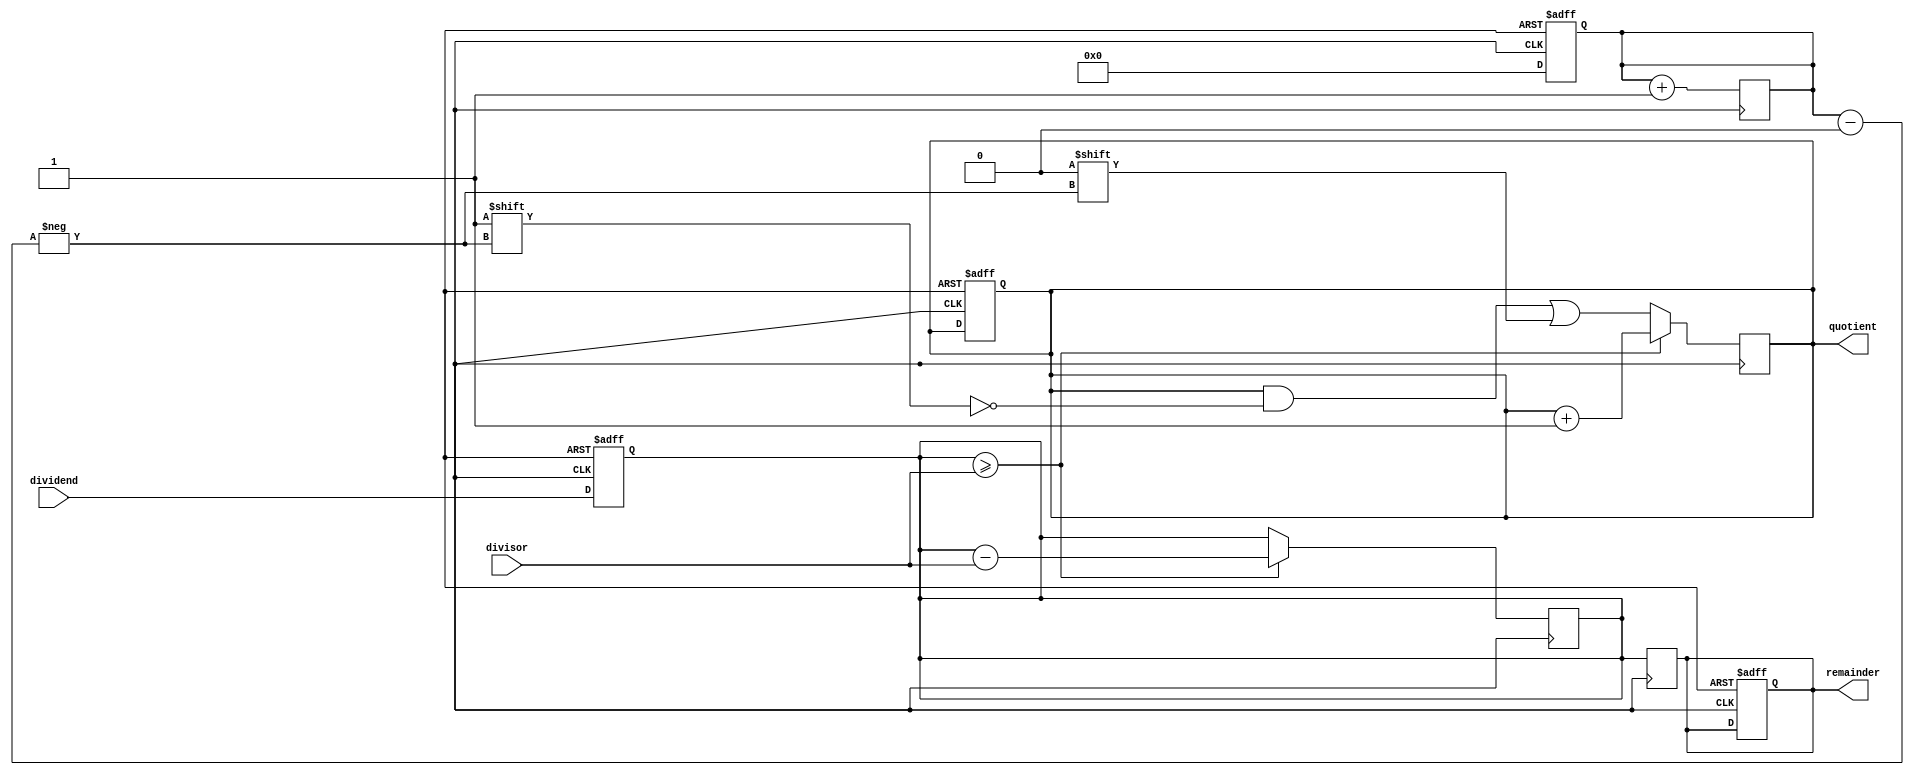
module RestoringDivider (
    input wire [7:0] dividend,
    input wire [7:0] divisor,
    output reg [7:0] quotient,
    output reg [7:0] remainder
);

reg [7:0] temp_dividend;
reg [8:0] count;

// Initialize variables
always @ (posedge clk or posedge reset) begin
    if (reset) begin
        temp_dividend <= 8'b0;
        quotient <= 8'b0;
        remainder <= 8'b0;
        count <= 8'd0;
    end else begin
        temp_dividend <= dividend;
        count <= 9'd0;
    end
end

// Restore division algorithm
always @ (posedge clk) begin
    if (temp_dividend >= divisor) begin
        temp_dividend <= temp_dividend - divisor;
        quotient <= quotient + 1'b1;
    end else begin
        quotient[count] <= 1'b0;
    end
    count <= count + 1'b1;
end

// Remainder calculation
always @ (posedge clk) begin
    remainder <= temp_dividend;
end

endmodule